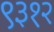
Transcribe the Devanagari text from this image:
९३१२